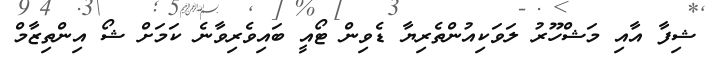
ޝިފާ އާއި މަޝްހޫރު ލަވަކިއުންތެރިޔާ ޑެވިން ޓޯއީ ބައިވެރިވާނެ ކަމަށް ޝޯ އިންތިޒާމް